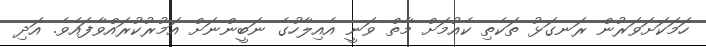
ހަމަކަށަވަރުން ރަނގަޅު ތަކެތި ކެއުމަށް މާތް ވަނީ އެއިލާހުގެ ނަބީންނަށް އަމުރުކުރައްވާފައެވެ. އަދި